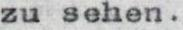
zu sehen.